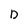
Character: D